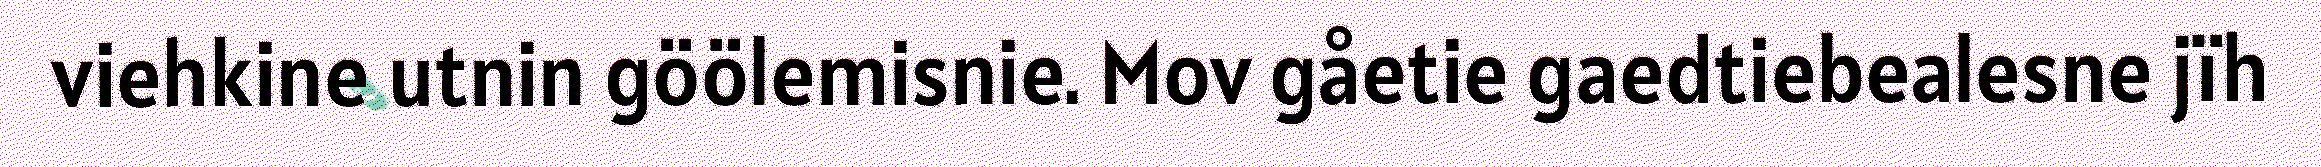
viehkine utnin göölemisnie. Mov gåetie gaedtiebealesne jïh